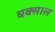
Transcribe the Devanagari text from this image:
बक्साल